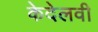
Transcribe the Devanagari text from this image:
केदेलवी